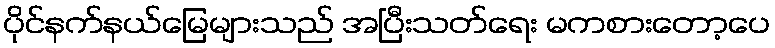
ပိုင်နက်နယ်မြေများသည် အပြီးသတ်ရေး မကစားတော့ပေ